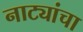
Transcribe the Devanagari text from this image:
नाट्यांचा